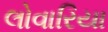
લોવારિયા